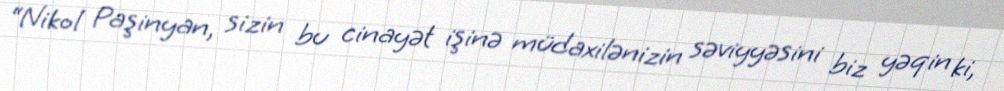
“Nikol Paşinyan, sizin bu cinayət işinə müdaxilənizin səviyyəsini biz yəqin ki,